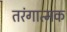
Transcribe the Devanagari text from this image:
तरंगात्मक